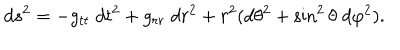
d s ^ { 2 } = - g _ { t t } \; d t ^ { 2 } + g _ { r r } \; d r ^ { 2 } + r ^ { 2 } ( d \theta ^ { 2 } + \sin ^ { 2 } \theta \; d \varphi ^ { 2 } ) .